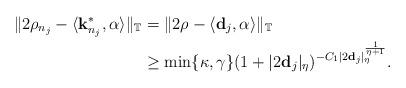
LaTeX: \begin{align*}\|2\rho_{n_{j}}-\langle {\bf k}^{*}_{n_{j}},\alpha \rangle\|_{\mathbb{T}} &= \|2\rho -\langle {\bf d}_j,\alpha \rangle\|_{\mathbb{T}}\\& \geq \min\{\kappa,\gamma\} (1+|2{\bf d}_j|_{\eta})^{-C_{1}|2{\bf d}_j|_{\eta}^{\frac{1}{\eta+1}}}.\end{align*}